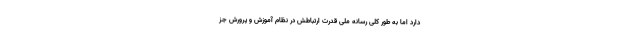
دارد اما به طور کلی رسانه ملی قدرت ارتباطش در نظام آموزش و پرورش جز